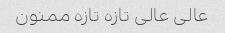
عالی عالی تازه تازه ممنون